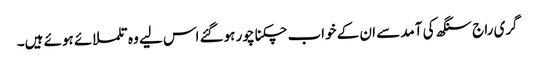
گری راج سنگھ کی آمد سے ان کے خواب چکنا چور ہوگئے اس لیے وہ تلملائے ہوئے ہیں۔